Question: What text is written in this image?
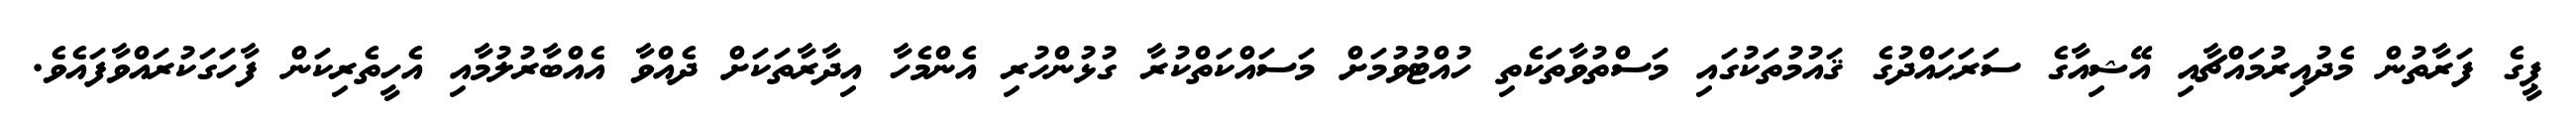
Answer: ޕީގެ ފަރާތުން މެދުއިރުމައްޗާއި އޭޝިއާގެ ސަރަޙައްދުގެ ޤައުމުތަކުގައި މަސްތުވާތަކެތި ހުއްޓުވުމަށް މަސައްކަތްކުރާ ގުޅުންހުރި އެންމެހާ އިދާރާތަކަށް ދެއްވާ އެއްބާރުލުމާއި އެހީތެރިކަން ފާހަގަކުރައްވާފައެވެ.